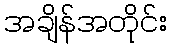
အချိန်အတိုင်း